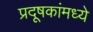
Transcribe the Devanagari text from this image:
प्रदूषकांमध्ये